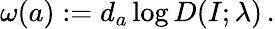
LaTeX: \omega(a):=d_{a}\log D(I;\lambda)\, .